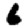
Digit: 6